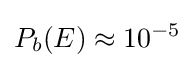
P_{b}(E)\approx 10^{-5}